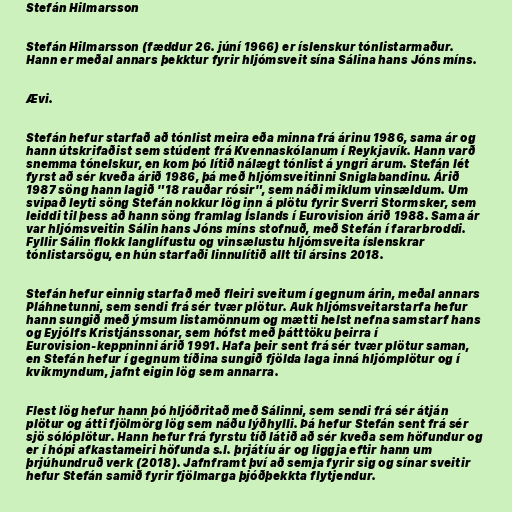
Stefán Hilmarsson

Stefán Hilmarsson (fæddur 26. júní 1966) er íslenskur tónlistarmaður.
Hann er meðal annars þekktur fyrir hljómsveit sína Sálina hans Jóns míns.

Ævi.

Stefán hefur starfað að tónlist meira eða minna frá árinu 1986, sama ár og
hann útskrifaðist sem stúdent frá Kvennaskólanum í Reykjavík. Hann varð
snemma tónelskur, en kom þó lítið nálægt tónlist á yngri árum. Stefán lét
fyrst að sér kveða árið 1986, þá með hljómsveitinni Sniglabandinu. Árið
1987 söng hann lagið "18 rauðar rósir", sem náði miklum vinsældum. Um
svipað leyti söng Stefán nokkur lög inn á plötu fyrir Sverri Stormsker, sem
leiddi til þess að hann söng framlag Íslands í Eurovision árið 1988. Sama ár
var hljómsveitin Sálin hans Jóns míns stofnuð, með Stefán í fararbroddi.
Fyllir Sálin flokk langlífustu og vinsælustu hljómsveita íslenskrar
tónlistarsögu, en hún starfaði linnulítið allt til ársins 2018.

Stefán hefur einnig starfað með fleiri sveitum í gegnum árin, meðal annars
Pláhnetunni, sem sendi frá sér tvær plötur. Auk hljómsveitarstarfa hefur
hann sungið með ýmsum listamönnum og mætti helst nefna samstarf hans
og Eyjólfs Kristjánssonar, sem hófst með þátttöku þeirra í
Eurovision-keppninni árið 1991. Hafa þeir sent frá sér tvær plötur saman,
en Stefán hefur í gegnum tíðina sungið fjölda laga inná hljómplötur og í
kvikmyndum, jafnt eigin lög sem annarra.

Flest lög hefur hann þó hljóðritað með Sálinni, sem sendi frá sér átján
plötur og átti fjölmörg lög sem náðu lýðhylli. Þá hefur Stefán sent frá sér
sjö sólóplötur. Hann hefur frá fyrstu tíð látið að sér kveða sem höfundur og
er í hópi afkastameiri höfunda s.l. þrjátíu ár og liggja eftir hann um
þrjúhundruð verk (2018). Jafnframt því að semja fyrir sig og sínar sveitir
hefur Stefán samið fyrir fjölmarga þjóðþekkta flytjendur.